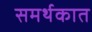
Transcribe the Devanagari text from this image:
समर्थकात